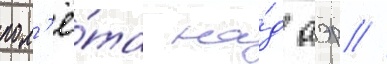
пол'ё́та на́д аэр //